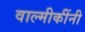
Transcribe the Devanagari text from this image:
वाल्मीकींनी